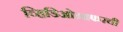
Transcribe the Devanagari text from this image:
व्हिडिओग्राफरची